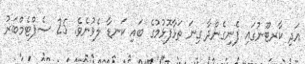
އަދި ކާރޓޫނުގައި ފެނިގެންދާ ގިނަ ތަޅާފޮޅުމުގެ ބައި ކަނޑާ ލެވުނެވެ. 25 ސެޕްޓެމްބަރު